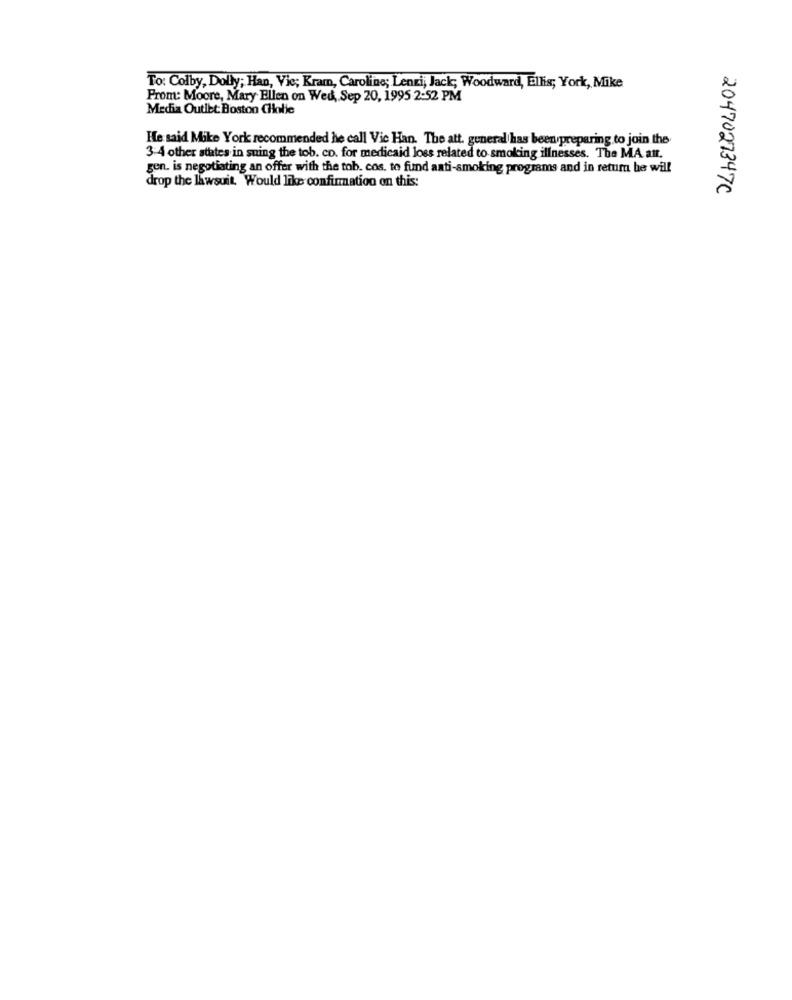
To: Colby, Dolly; Han, Vie; Kram, Caroline; Lenzi, Jack; Woodward, Ellis; York, Mike
Prom: Moore, Mary Ellen on Wed, Sep 20, 1995 2:52 PM
Media Outlet Boston CHolie
He said Mike York recommended he call Vic Han. The att. general has been preparing to join the
3-4 other states in suing the tob. co. for medicaid loss related to smoking illnesses. The MA att.
gen. is negotiating an offer with the tob. cos, to fund anti-smoking programs and in retum he will
drop the lawsuit. Would like confirmation on this:
2047027347C